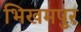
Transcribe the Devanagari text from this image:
भिखमपुर